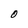
Character: O